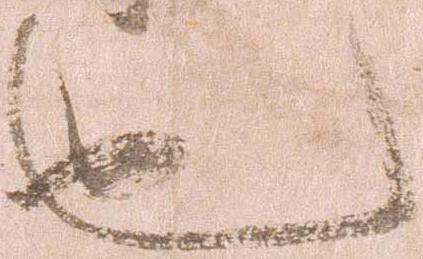
也